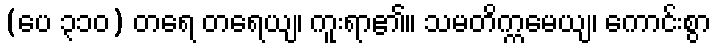
(ပေ ၃၁၀) တရေ တရေယျ၊ ကူးရာ၏။ သမတိက္ကမေယျ၊ ကောင်းစွာ